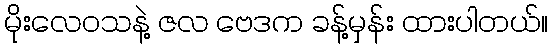
မိုးလေဝသနဲ့ ဇလ ဗေဒက ခန့်မှန်း ထားပါတယ်။